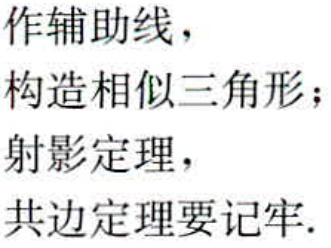
作辅助线，
构造相似三角形；
射影定理，
共边定理要记牢.